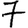
Digit: 7